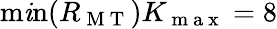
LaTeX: \operatorname*{m\mathit{i}n}(R_{\mathrm{{~M~T~}}})K_{\mathrm{{~m~a~x~}}}=8